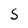
Character: S